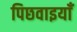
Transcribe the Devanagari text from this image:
पिछवाइयाँ